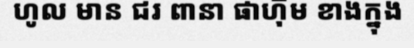
ហូល មាន ជរ ពានា ផាហ៊ុម ខាងក្នុង